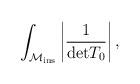
LaTeX: \begin{align*}\int_{{\cal M}_{{\rm ins}}} \left\vert \frac{1}{{\rm det}T_{0}} \right\vert,\end{align*}